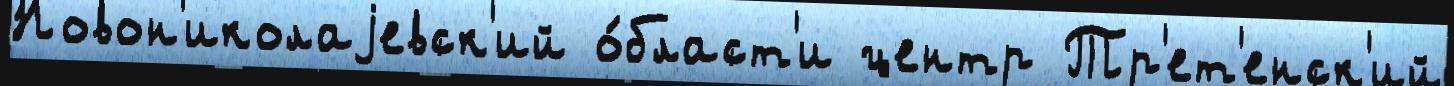
Новон'иколаjевск'ий о́бласт'и центр Тр'ет'енск'ий